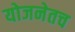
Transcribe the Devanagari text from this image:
योजनेतच